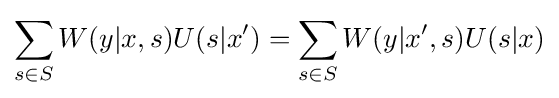
\displaystyle \sum _{s\in S}W(y|x,s)U(s|x')=\sum _{s\in S}W(y|x',s)U(s|x)